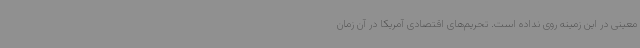
معینی در این زمینه روی نداده است. تحریم‌های اقتصادی آمریکا در آن زمان